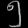
Digit: ၅